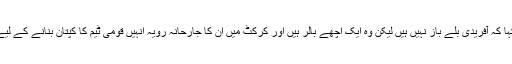
انہوں نے کہا کہ آفریدی بلے باز نہیں ہیں لیکن وہ ایک اچھے بالر ہیں اور کرکٹ میں ان کا جارحانہ رویہ انہیں قومی ٹیم کا کپتان بنانے کے لیے کافی ہے۔